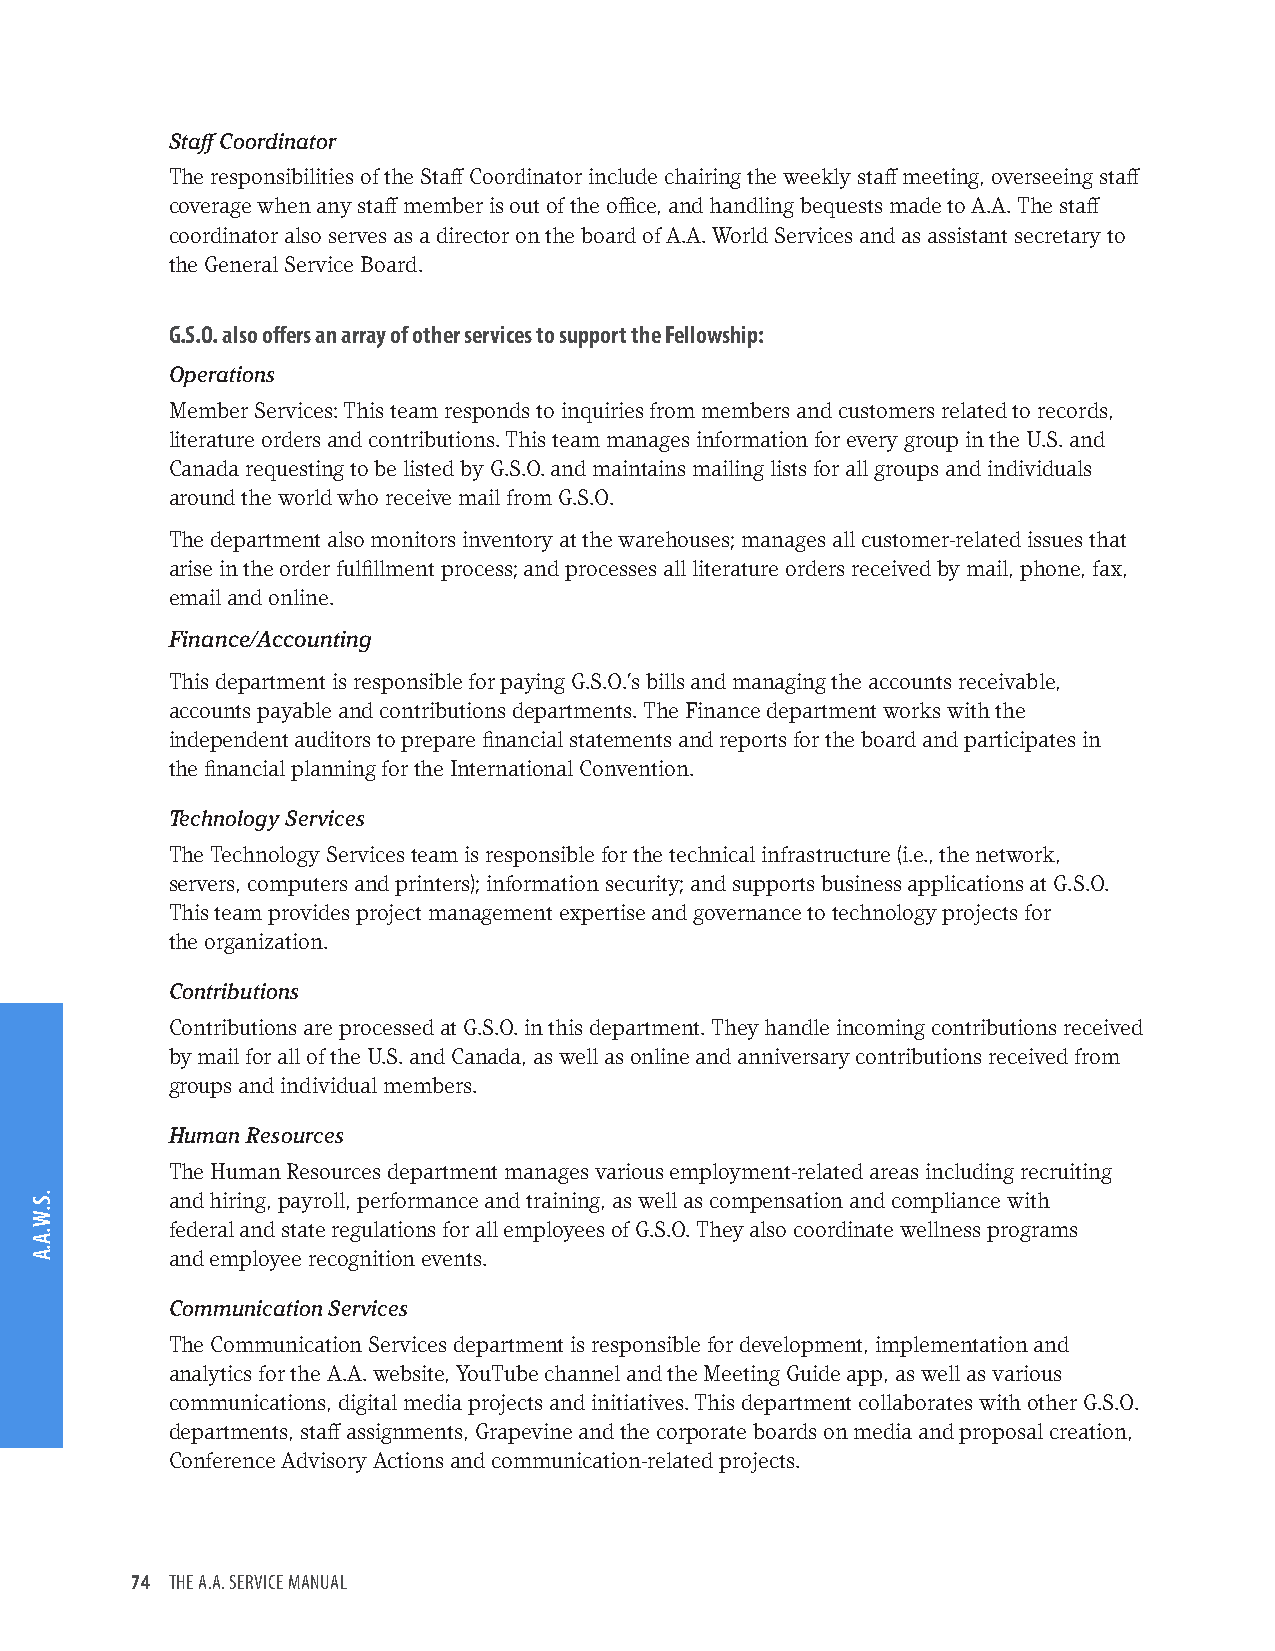
Staff Coordinator
 The responsibilities of the Staff Coordinator include chairing the weekly staff meeting, overseeing staff
 coverage when any staff member is out of the office, and handling bequests made to A.A. The staff
 coordinator also serves as a director on the board of A.A. World Services and as assistant secretary to
 the General Service Board.
 G.S.O. also offers an array of other services to support the Fellowship:
 Operations
 Member Services: This team responds to inquiries from members and customers related to records,
 literature orders and contributions. This team manages information for every group in the U.S. and
 Canada requesting to be listed by G.S.O. and maintains mailing lists for all groups and individuals
 around the world who receive mail from G.S.O.
 The department also monitors inventory at the warehouses; manages all customer-related issues that
 arise in the order fulfillment process; and processes all literature orders received by mail, phone, fax,
 email and online.
 Finance/Accounting
 This department is responsible for paying G.S.O.’s bills and managing the accounts receivable,
 accounts payable and contributions departments. The Finance department works with the
 independent auditors to prepare financial statements and reports for the board and participates in
 the financial planning for the International Convention.
 Technology Services
 The Technology Services team is responsible for the technical infrastructure (i.e., the network,
 servers, computers and printers); information security; and supports business applications at G.S.O.
 This team provides project management expertise and governance to technology projects for
 the organization.
 Contributions
 Contributions are processed at G.S.O. in this department. They handle incoming contributions received
 by mail for all of the U.S. and Canada, as well as online and anniversary contributions received from
 groups and individual members.
 Human Resources
 The Human Resources department manages various employment-related areas including recruiting
 and hiring, payroll, performance and training, as well as compensation and compliance with
 federal and state regulations for all employees of G.S.O. They also coordinate wellness programs
 and employee recognition events.
 Communication Services
 The Communication Services department is responsible for development, implementation and
 analytics for the A.A. website, YouTube channel and the Meeting Guide app, as well as various
 communications, digital media projects and initiatives. This department collaborates with other G.S.O.
 departments, staff assignments, Grapevine and the corporate boards on media and proposal creation,
 Conference Advisory Actions and communication-related projects.
 74 THE A.A. SERVICE MANUAL
 .S.W.A.A